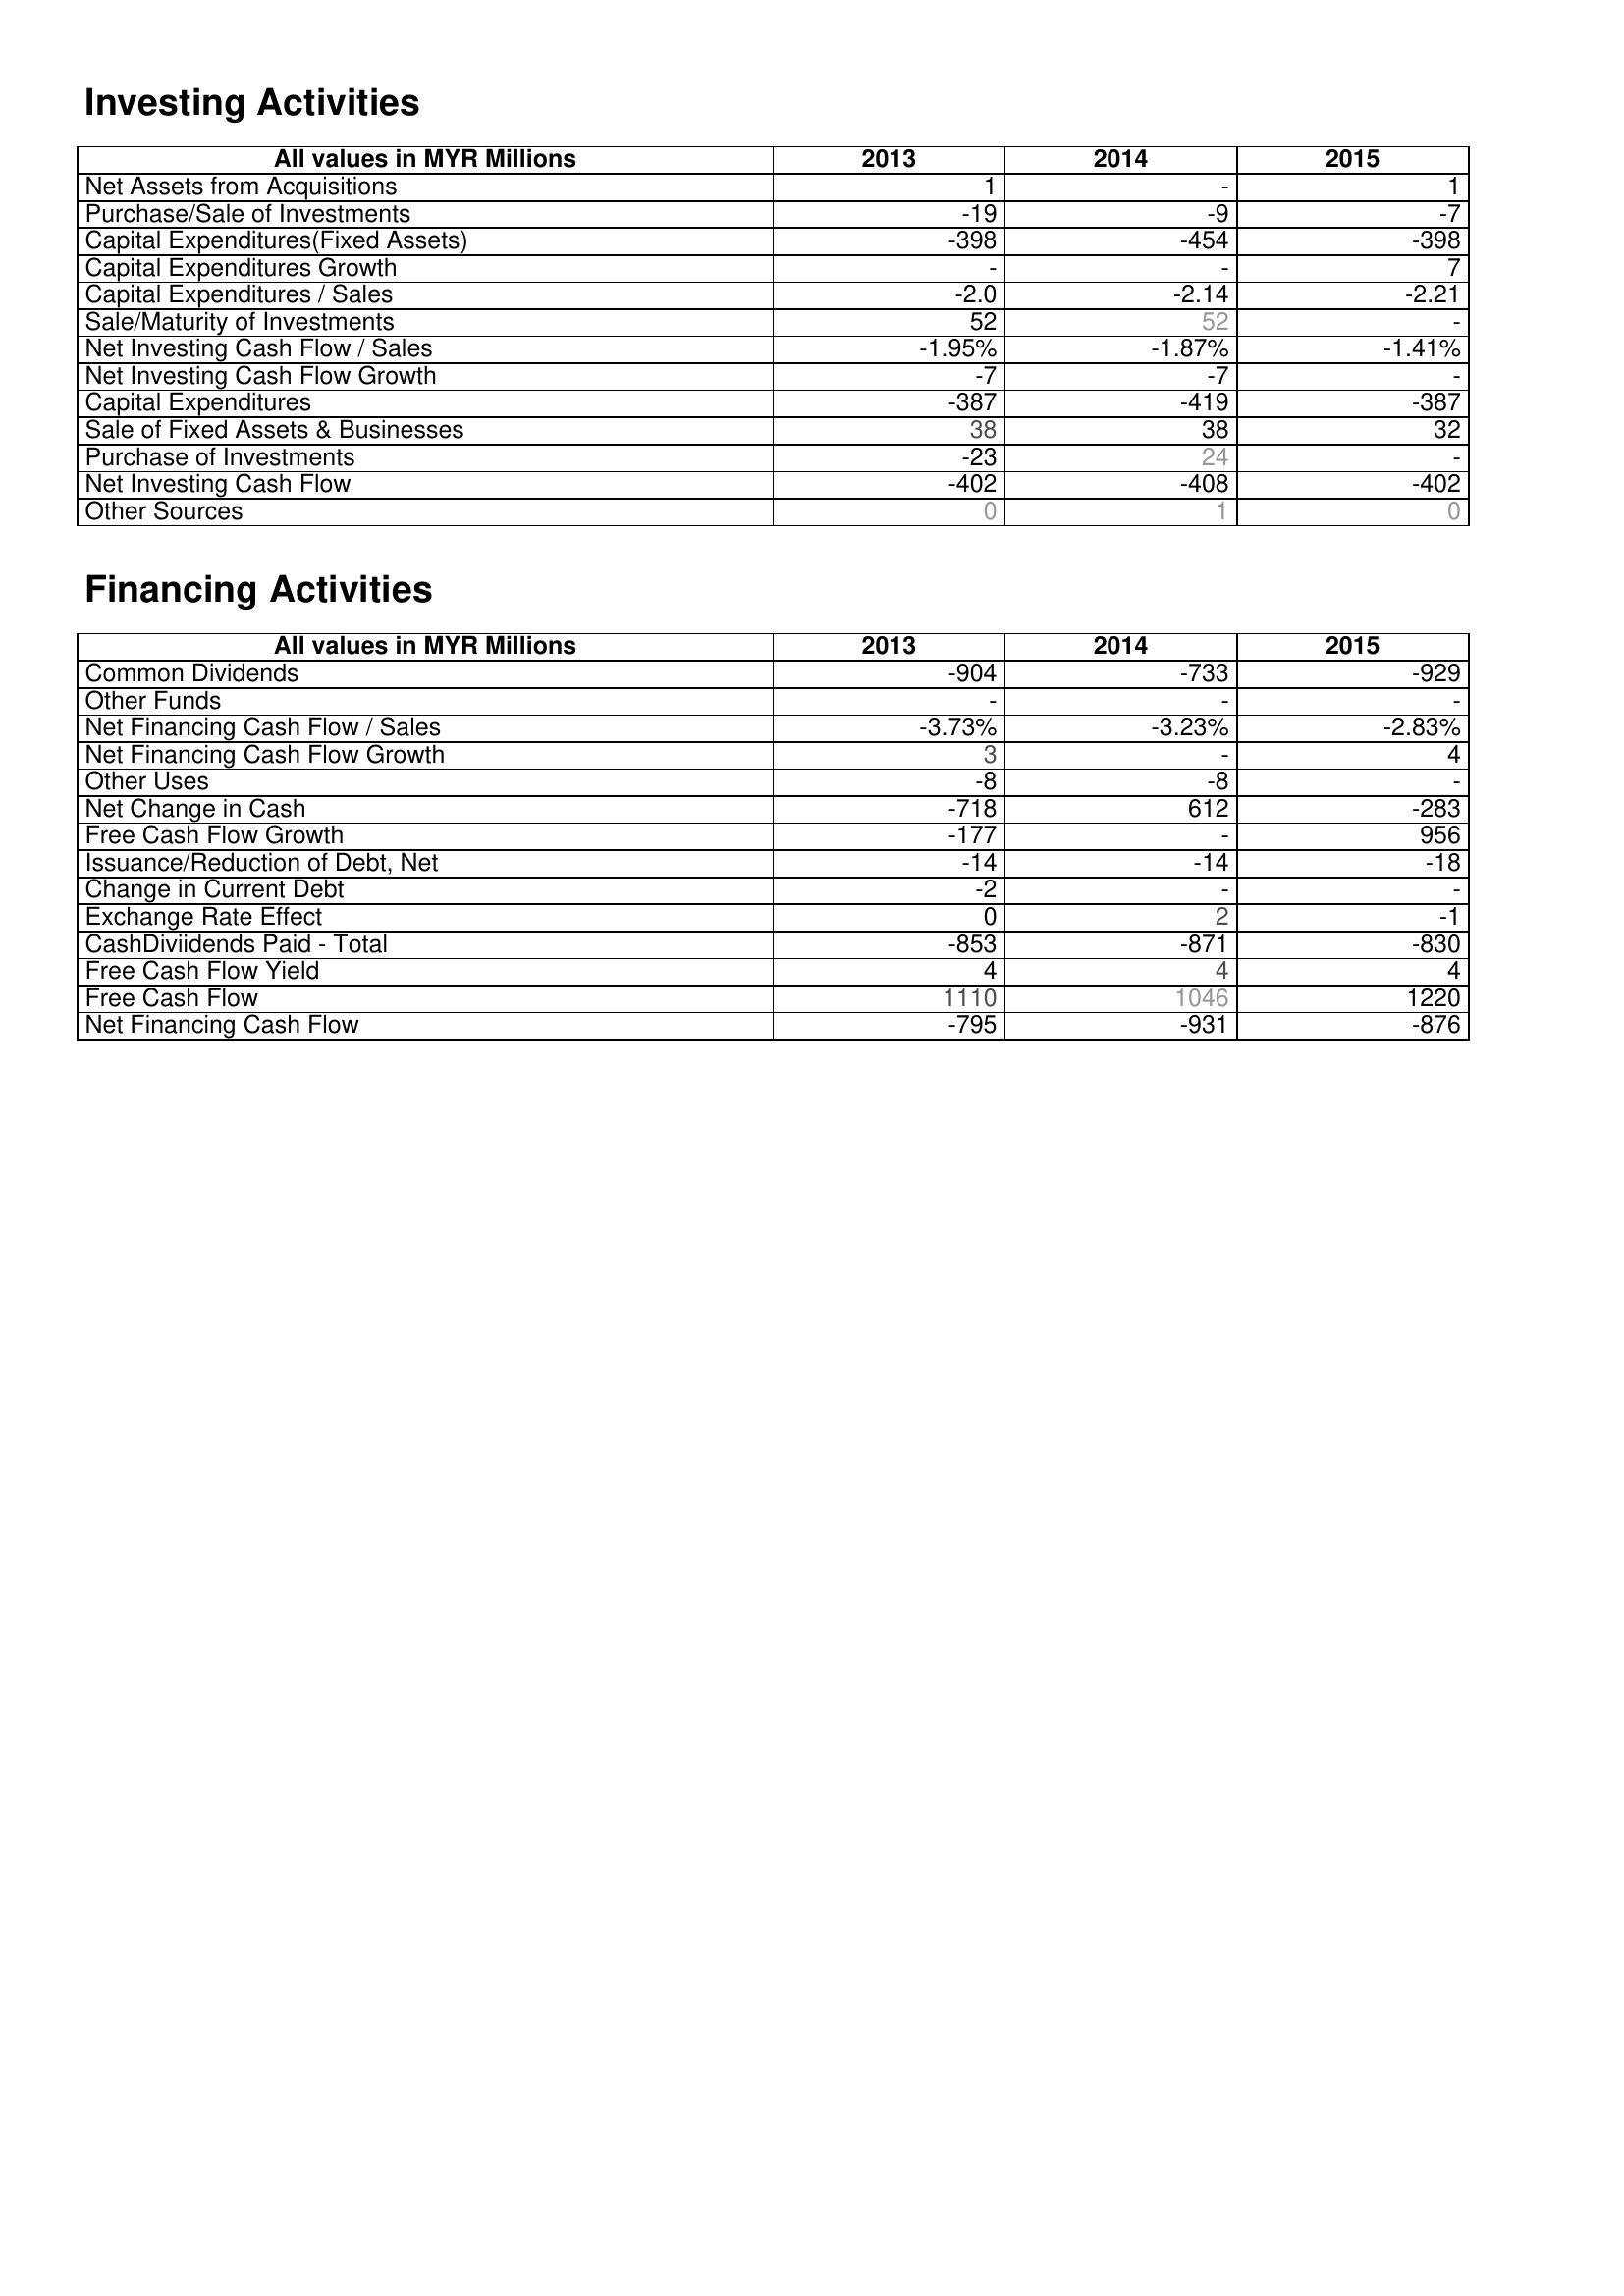
2013: Investing Activities: Net Assets from Acquisitions: 1
Purchase/Sale of Investments: -19
Capital Expenditures(Fixed Assets): -398
Capital Expenditures Growth: -
Capital Expenditures / Sales: -2.0
Sale/Maturity of Investments: 52
Net Investing Cash Flow / Sales: -1.95%
Net Investing Cash Flow Growth: -7
Capital Expenditures: -387
Sale of Fixed Assets & Businesses: 38
Purchase of Investments: -23
Net Investing Cash Flow: -402
Other Sources: 0
Financing Activities: Common Dividends: -904
Other Funds: -
Net Financing Cash Flow / Sales: -3.73%
Net Financing Cash Flow Growth: 3
Other Uses: -8
Net Change in Cash: -718
Free Cash Flow Growth: -177
Issuance/Reduction of Debt, Net: -14
Change in Current Debt: -2
Exchange Rate Effect: 0
CashDiviidends Paid - Total: -853
Free Cash Flow Yield: 4
Free Cash Flow: 1110
Net Financing Cash Flow: -795
2014: Investing Activities: Net Assets from Acquisitions: -
Purchase/Sale of Investments: -9
Capital Expenditures(Fixed Assets): -454
Capital Expenditures Growth: -
Capital Expenditures / Sales: -2.14
Sale/Maturity of Investments: 52
Net Investing Cash Flow / Sales: -1.87%
Net Investing Cash Flow Growth: -7
Capital Expenditures: -419
Sale of Fixed Assets & Businesses: 38
Purchase of Investments: 24
Net Investing Cash Flow: -408
Other Sources: 1
Financing Activities: Common Dividends: -733
Other Funds: -
Net Financing Cash Flow / Sales: -3.23%
Net Financing Cash Flow Growth: -
Other Uses: -8
Net Change in Cash: 612
Free Cash Flow Growth: -
Issuance/Reduction of Debt, Net: -14
Change in Current Debt: -
Exchange Rate Effect: 2
CashDiviidends Paid - Total: -871
Free Cash Flow Yield: 4
Free Cash Flow: 1046
Net Financing Cash Flow: -931
2015: Investing Activities: Net Assets from Acquisitions: 1
Purchase/Sale of Investments: -7
Capital Expenditures(Fixed Assets): -398
Capital Expenditures Growth: 7
Capital Expenditures / Sales: -2.21
Sale/Maturity of Investments: -
Net Investing Cash Flow / Sales: -1.41%
Net Investing Cash Flow Growth: -
Capital Expenditures: -387
Sale of Fixed Assets & Businesses: 32
Purchase of Investments: -
Net Investing Cash Flow: -402
Other Sources: 0
Financing Activities: Common Dividends: -929
Other Funds: -
Net Financing Cash Flow / Sales: -2.83%
Net Financing Cash Flow Growth: 4
Other Uses: -
Net Change in Cash: -283
Free Cash Flow Growth: 956
Issuance/Reduction of Debt, Net: -18
Change in Current Debt: -
Exchange Rate Effect: -1
CashDiviidends Paid - Total: -830
Free Cash Flow Yield: 4
Free Cash Flow: 1220
Net Financing Cash Flow: -876